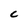
Character: C